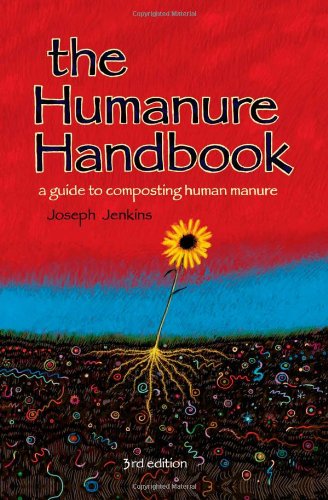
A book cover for The Humanure Handbook: A Guide to Composting Human Manure, Third Edition; Joseph C. Jenkins; Engineering & Transportation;